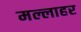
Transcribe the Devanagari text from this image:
मल्लाहर